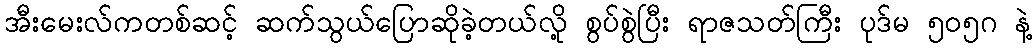
အီးမေးလ်ကတစ်ဆင့် ဆက်သွယ်ပြောဆိုခဲ့တယ်လို့ စွပ်စွဲပြီး ရာဇသတ်ကြီး ပုဒ်မ ၅၀၅ဂ နဲ့